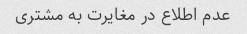
عدم اطلاع در مغایرت به مشتری